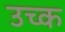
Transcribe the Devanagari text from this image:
उच्क